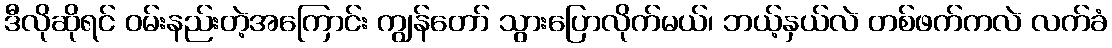
ဒီလိုဆိုရင် ဝမ်းနည်းတဲ့အကြောင်း ကျွန်တော် သွားပြောလိုက်မယ်၊ ဘယ့်နှယ်လဲ တစ်ဖက်ကလဲ လက်ခံ